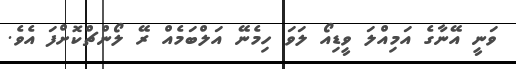
ވަނީ އޭނާގެ އަމިއްލަ ވީޑިއޯ ލަވަ ހިމެނޭ އަލްބަމެއް ރޭ ލޯންޗްކޮށްފަ އެވެ.